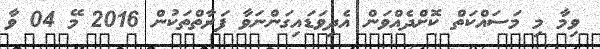
ވިމާ މި މަސައްކަތް ކޮށްދެއްވަން އެދިވަޑައިގަންނަވާ ފަރާތްތަކުން 2016 މޭ 04 ވާ